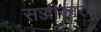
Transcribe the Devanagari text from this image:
सज्जीकारक